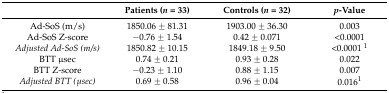
<table><thead><tr><td></td><td><b>Patients (<i>n =</i> 33)</b></td><td><b>Controls (<i>n =</i> 32)</b></td><td><b><i>p</i>-Value</b></td></tr></thead><tbody><tr><td>Ad-SoS (m/s)</td><td>1850.06 ± 81.31</td><td>1903.00 ± 36.30</td><td>0.003</td></tr><tr><td>Ad-SoS Z-score</td><td>−0.76 ± 1.54</td><td>0.42 ± 0.071</td><td>&lt;0.0001</td></tr><tr><td><i>Adjusted Ad-SoS (m/s)</i></td><td>1850.82 ± 10.15</td><td>1849.18 ± 9.50</td><td>&lt;0.0001 <sup>1</sup></td></tr><tr><td>BTT μsec</td><td>0.74 ± 0.21</td><td>0.93 ± 0.28</td><td>0.022 </td></tr><tr><td>BTT Z-score</td><td>−0.23 ± 1.10</td><td>0.88 ± 1.15</td><td>0.007</td></tr><tr><td><i>Adjusted BTT (μsec)</i></td><td>0.69 ± 0.58</td><td>0.96 ± 0.04</td><td>0.016<sup>1</sup></td></tr></tbody></table>